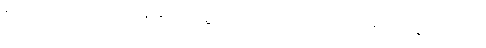
စိတ်အားထက်သန်နေသည့် သူ့လေသံကြောင့် ဟေယံ အံ့ဩသွား သည်။